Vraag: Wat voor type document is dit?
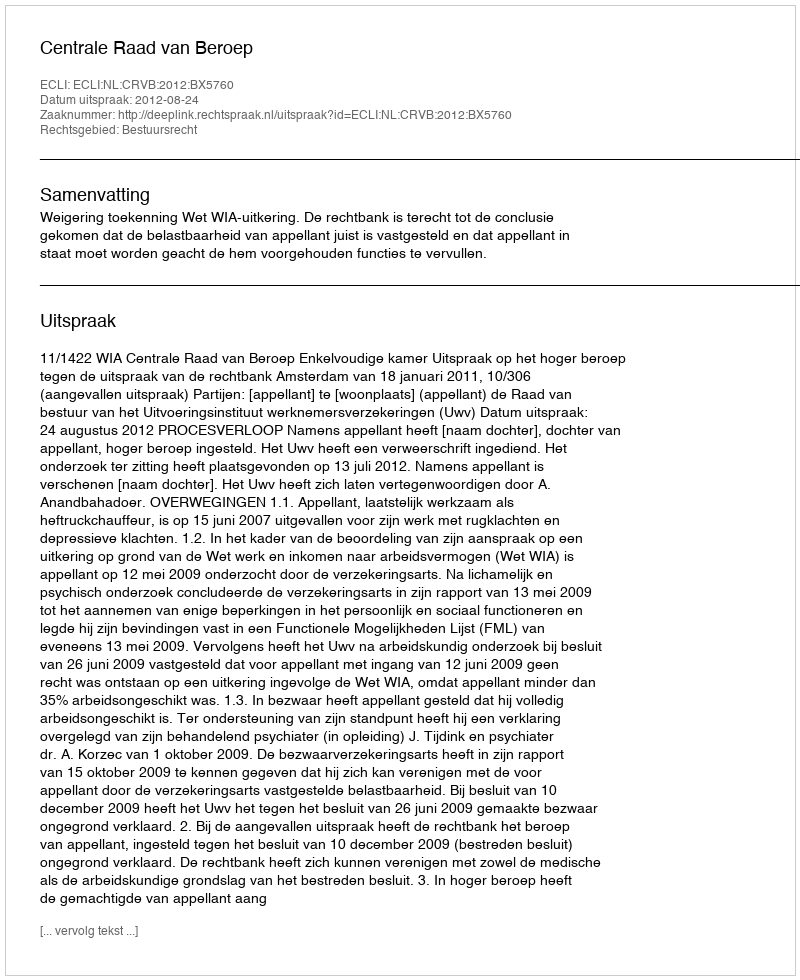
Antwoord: Uitspraak